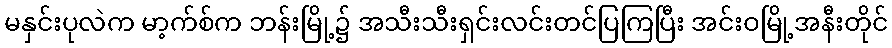
မနှင်းပုလဲက မာ့က်စ်က ဘန်းမြို့၌ အသီးသီးရှင်းလင်းတင်ပြကြပြီး အင်းဝမြို့အနီးတိုင်